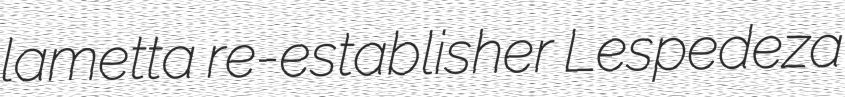
lametta re-establisher Lespedeza